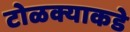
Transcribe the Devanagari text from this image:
टोळक्याकडे